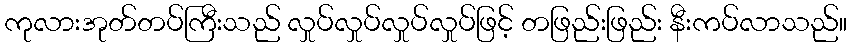
ကုလားအုတ်တပ်ကြီးသည် လှုပ်လှုပ်လှုပ်လှုပ်ဖြင့် တဖြည်းဖြည်း နီးကပ်လာသည်။